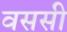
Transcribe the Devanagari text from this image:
वससी